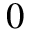
0